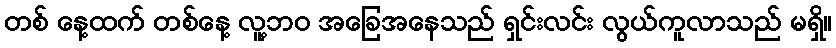
တစ် နေ့ထက် တစ်နေ့ လူ့ဘဝ အခြေအနေသည် ရှင်းလင်း လွယ်ကူလာသည် မရှိ။